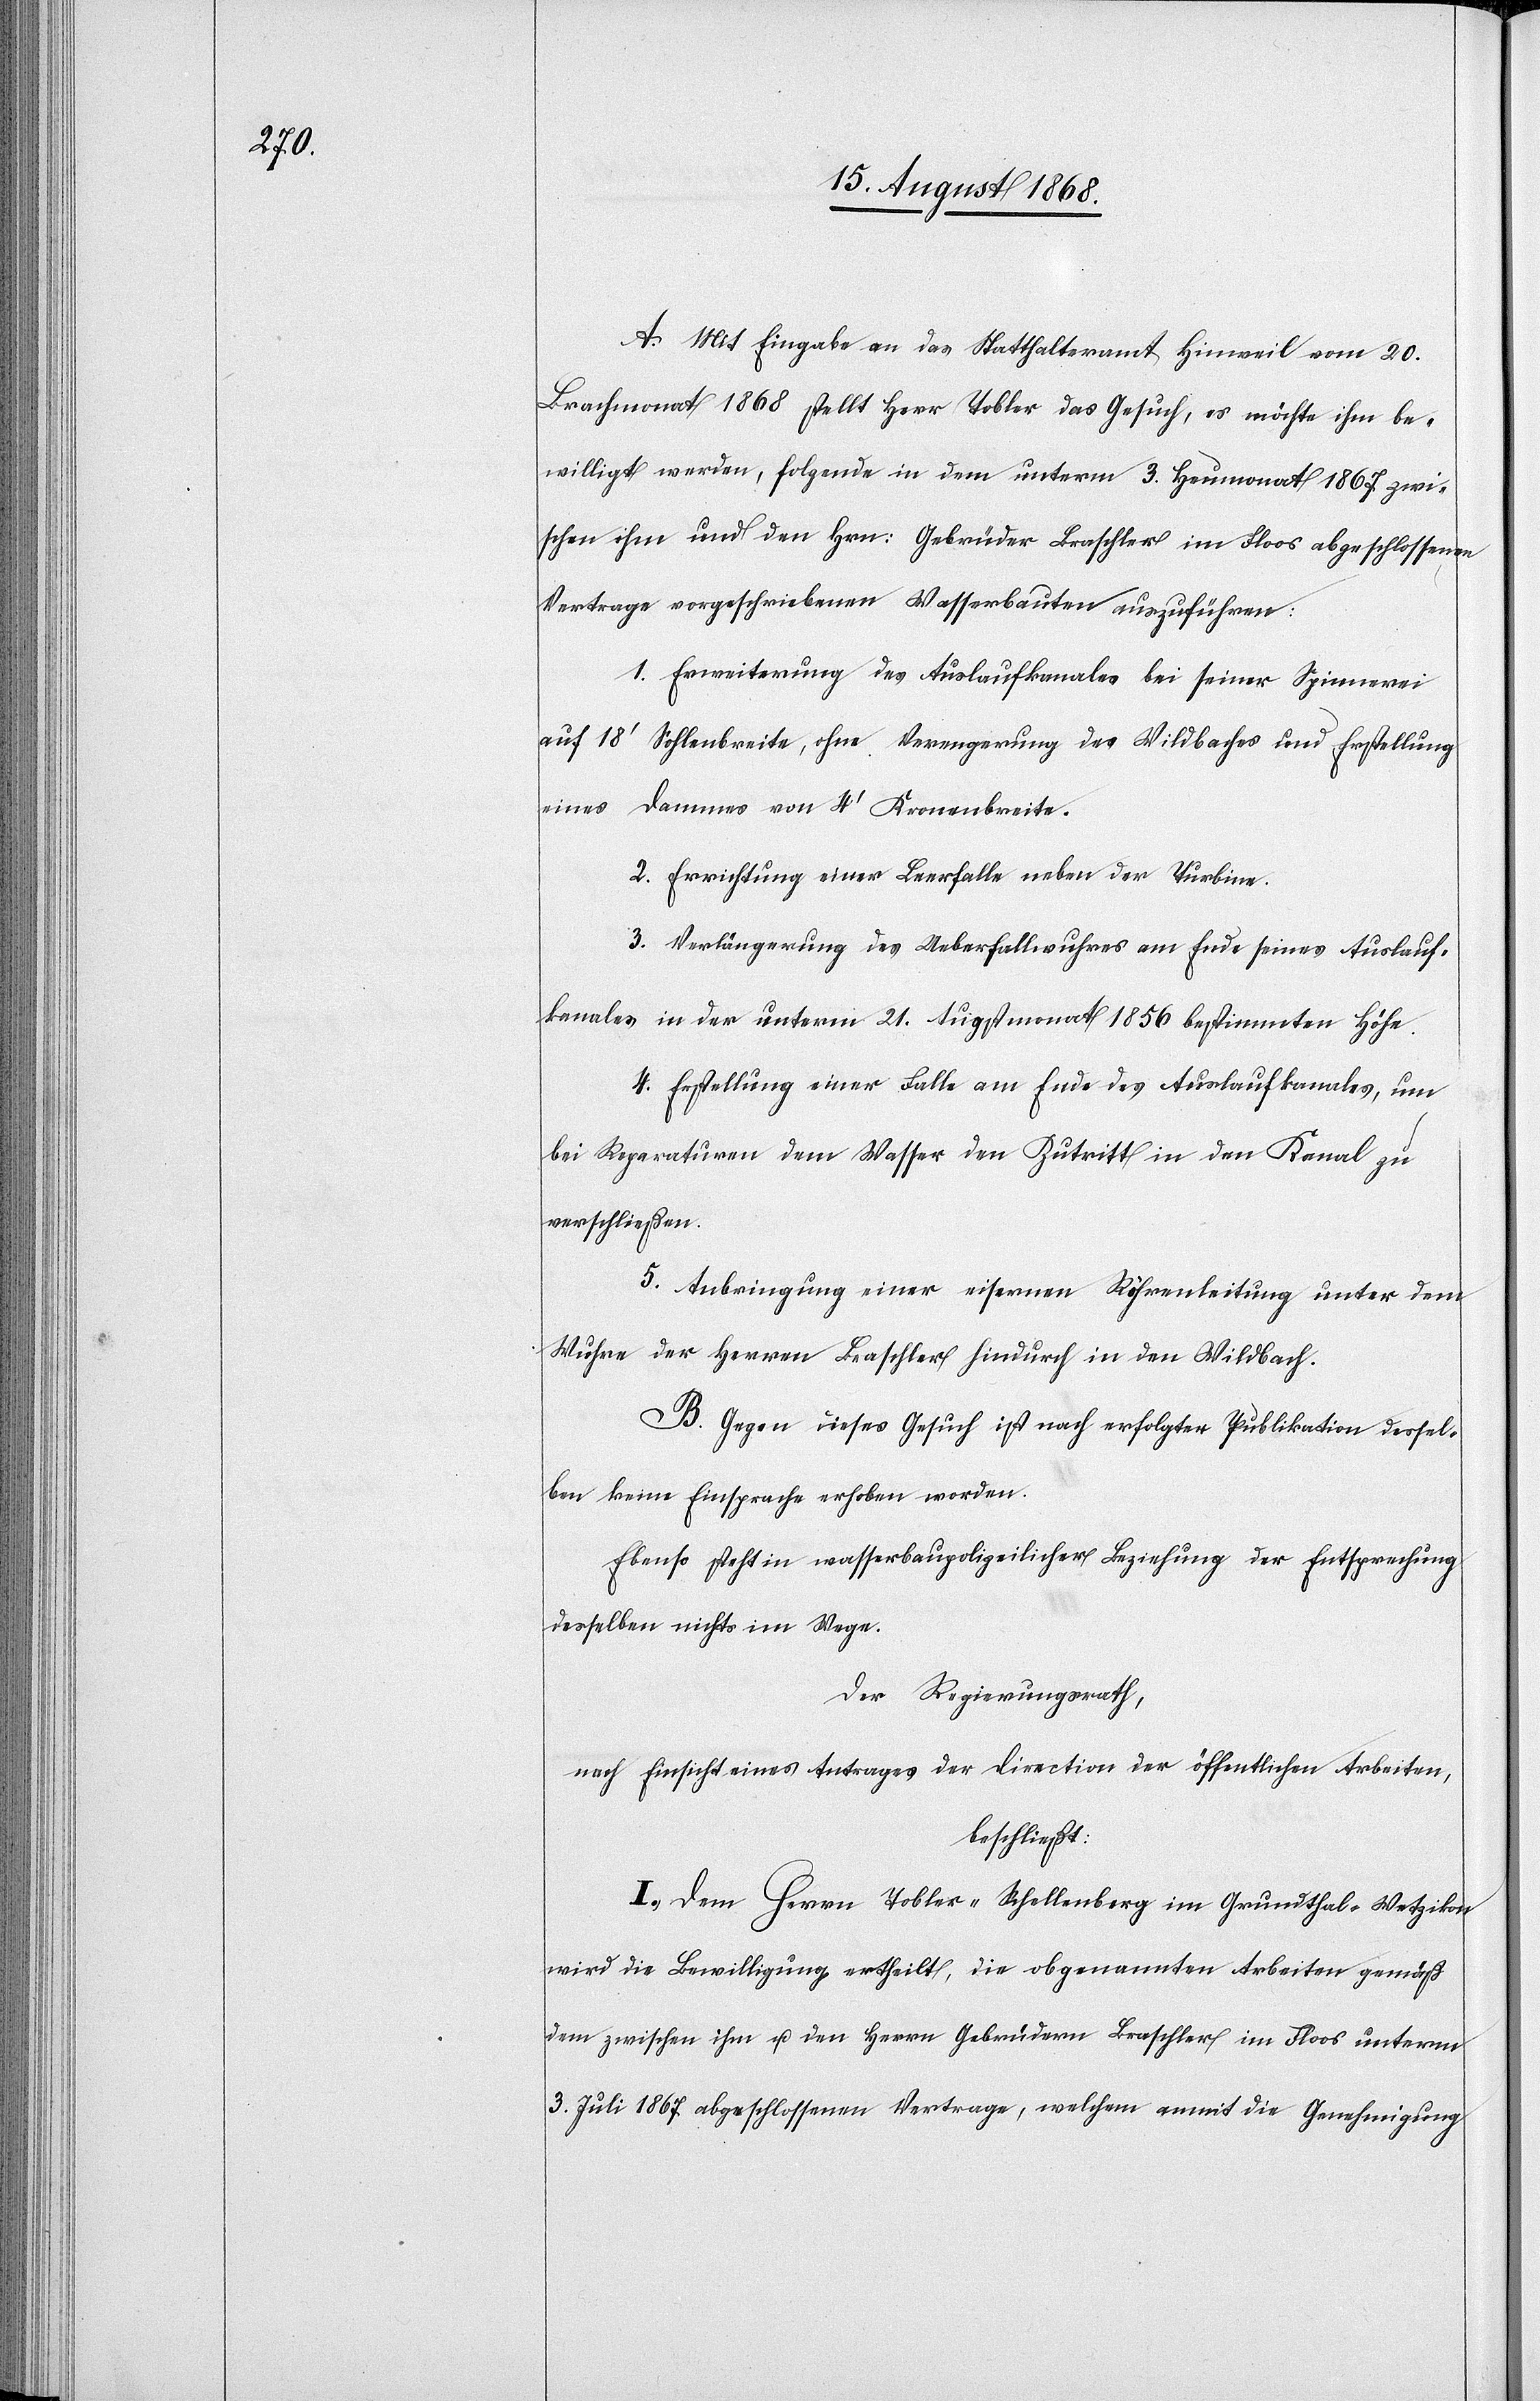
A. Mit Eingabe an das Statthalteramt Hinweil vom 20.
Brachmonat 1868 stellt Herr Tobler das Gesuch, es möchte ihm be¬
willigt werden, folgende in dem unterm 3. Heumonat 1867 zwi¬
schen ihm und den Hrn: Gebrüder Braschler im Floos abgeschlossenen
Vertrage vorgeschriebenen Wasserbauten auszuführen:
1. Erweiterung des Auslaufkanales bei seiner Spinnerei
auf 18‘ Sohlenbreite, ohne Verengerung des Wildbaches und Erstellung
eines Dammes von 4‘ Kronenbreite.
2. Errichtung einer Leerfalle neben der Turbine.
3. Verlängerung des Ueberfallwuhres am Ende seines Auslauf¬
kanales in der unterm 21. Augstmonat 1856 bestimmten Höhe.
4. Erstellung einer Falle am Ende des Auslaufkanales, um
bei Reparaturen dem Wasser den Zutritt in den Kanal zu
verschließen.
5. Anbringung einer eisernen Röhrenleitung unter dem
Wuhre der Herren Braschler hindurch in den Wildbach.
B. Gegen dieses Gesuch ist nach erfolgter Publikation dessel¬
ben keine Einsprache erhoben worden.
Ebenso steht in wasserbaupolizeilicher Beziehung der Entsprechung
desselben nichts im Wege.
Der Regierungsrath,
nach Einsicht eines Antrages der Direction der öffentlichen Arbeiten,
beschließt:
I.) Dem Herrn Tobler-Schellenberg im Grundthal - Wetzikon
wird die Bewilligung ertheilt, die obgenannten Arbeiten gemäß
dem zwischen ihm u. den Herrn Gebrüdern Braschler im Floos unterm
3. Juli 1867 abgeschlossenen Vertrage, welchem anmit die Genehmigung